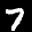
Label: 7